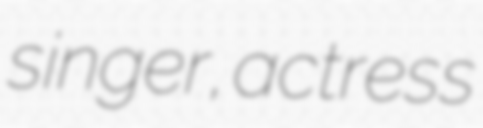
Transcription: singer, actress